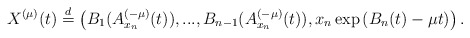
\begin{align*}X^{(\mu)}(t)\stackrel{d}{=}\left(B_1(A^{(-\mu)}_{x_n}(t)),...,B_{n-1}(A^{(-\mu)}_{x_n}(t)),x_n \exp\left(B_n(t)- \mu t\right)\right).\end{align*}